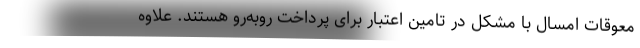
معوقات امسال با مشکل در تامین اعتبار برای پرداخت روبه‌رو هستند. علاوه